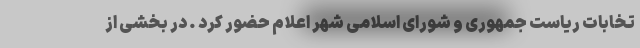
تخابات ریاست جمهوری و شورای اسلامی شهر اعلام حضور کرد . در بخشی از